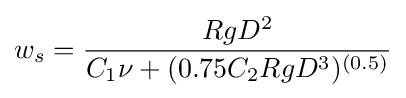
w_{s}={\frac {RgD^{2}}{C_{1}\nu +(0.75C_{2}RgD^{3})^{(0.5)}}}